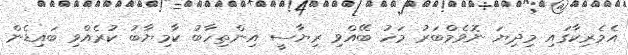
އެމެރިކާގައި މިދިޔަ ނޮވެމްބަރު މަހު ބޭއްވި ރިޔާސީ އިންތިހާބު ކާމިޔާބު ކުރެއްވި ބައިޑެން